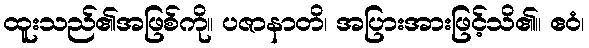
ထူးသည်၏အဖြစ်ကို။ ပဇာနာတိ၊ အပြားအားဖြင့်သိ၏။ ဧဝံ၊